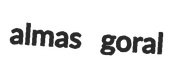
almas goral